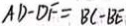
A D - D F = B C - B E